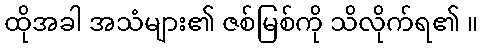
ထိုအခါ အသံများ၏ ဇစ်မြစ်ကို သိလိုက်ရ၏ ။